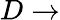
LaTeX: D\rightarrow